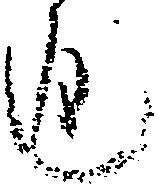
返